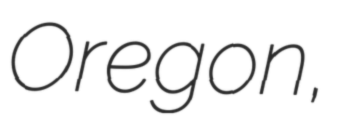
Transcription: Oregon,